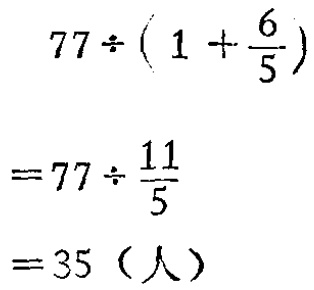
\[

\begin{align*}

&77\div(1 + \frac{6}{5})\\

=&77\div\frac{11}{5}\\

=&35（人）

\end{align*}

\]